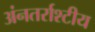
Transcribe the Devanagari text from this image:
अंनतर्राश्टीय